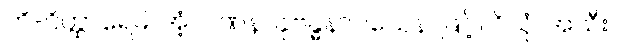
ဟိ-ဝိတ္ထာရေမိ၊ အံ့။ ဂဏနာနုဗန္ဓနာဝသေန၊ ဖြင့်။ ဝိသုံ၊ အသီး။